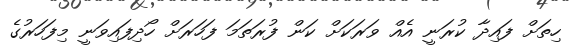
ހިތަށް ފައިދާ ކުރަނީ އެއް ވަރަކަށް ކަން ފުރަތަމަ ފަހަރަށް ހޯދިފައިވަނީ މިފަހަރުގެ